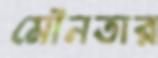
মৌনতার